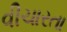
વીચારતા